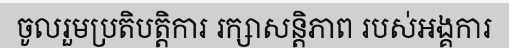
ចូលរួមប្រតិបត្តិការ រក្សាសន្តិភាព របស់អង្គការ